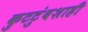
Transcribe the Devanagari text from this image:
कुटटुंबशाही